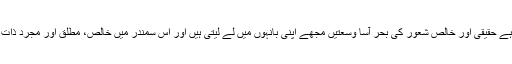
جونہی میرا خارجی شعور تحلیل ہوتا ہے حقیقی اور خالص شعور کی بحر آسا وسعتیں مجھے اپنی بانہوں میں لے لیتی ہیں اور اس سمندر میں خالص، مطلق اور مجرد ذات کے علاوہ سب کثافتیں دُھل جاتی ہیں۔